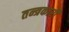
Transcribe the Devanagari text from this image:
तन्त्रकारी